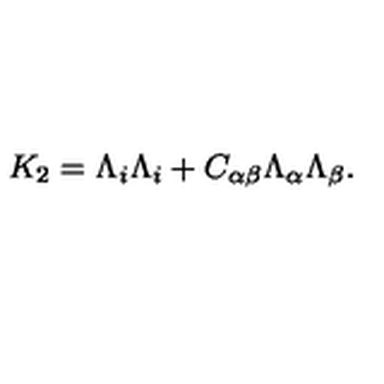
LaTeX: K _ { 2 } = \Lambda _ { i } \Lambda _ { i } + C _ { \alpha \beta } \Lambda _ { \alpha } \Lambda _ { \beta } .